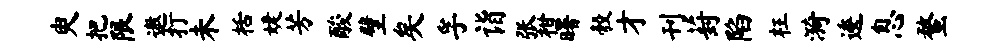
臾把限遨打未栝婕芳酸壁矣孚诣张柑曙彀才刊葑陷枉漪逶息蝥